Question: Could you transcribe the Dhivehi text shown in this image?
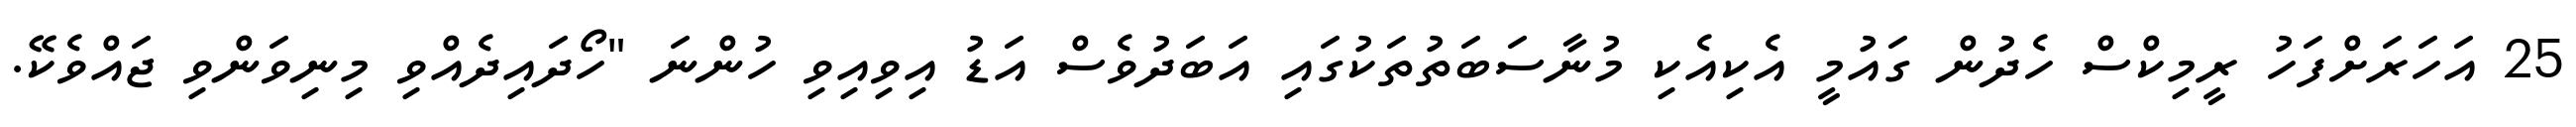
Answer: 25 އަހަރަށްފަހު ރީމިކްސް ހެދުން ގައުމީ އެކިއެކި މުނާސަބަތުތަކުގައި އަބަދުވެސް އަޑު އިވިއިވި ހުންނަ "ހޯދައިދެއްވި މިނިވަންވި ޖައްވެކޭ.